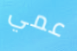
عمي